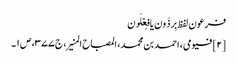
فرعون لفظ بِرذَون یا فِعۡلَون
[۲] فیومی، احمد بن محمد، المصباح المنیر، ج ۳۷۷، ص ۱۔